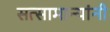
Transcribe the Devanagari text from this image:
सत्सामान्यांनी